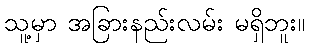
သူ့မှာ အခြားနည်းလမ်း မရှိဘူး။